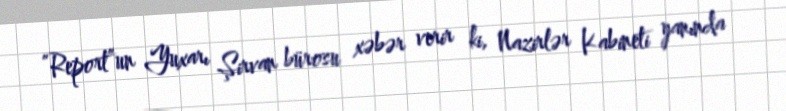
”Report”un Yuxarı Şirvan bürosu xəbər verir ki, Nazirlər Kabineti yanında